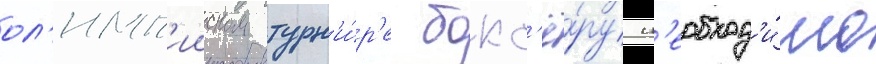
ол'имп'ииском турн'и́р'е бокс'ё́ру н'еобход'и́мо